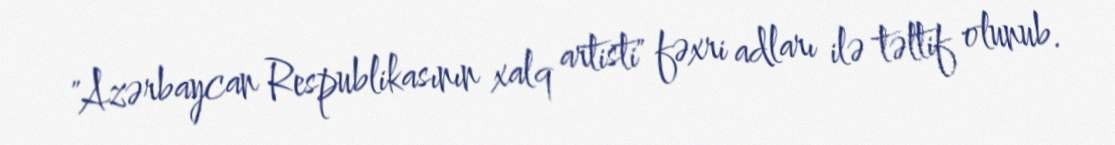
"Azərbaycan Respublikasının xalq artisti" fəxri adları ilə təltif olunub.